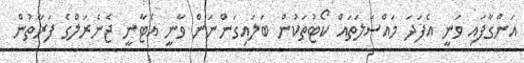
އަންގާފައި ވަނީ އެފަދަ މައްސަލަތައް ކޯޓުތަކުން ބަލައިގަންނަން ވާނީ އެޓާނީ ޖެނެރަލްގެ ފަރާތުން